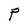
Character: P